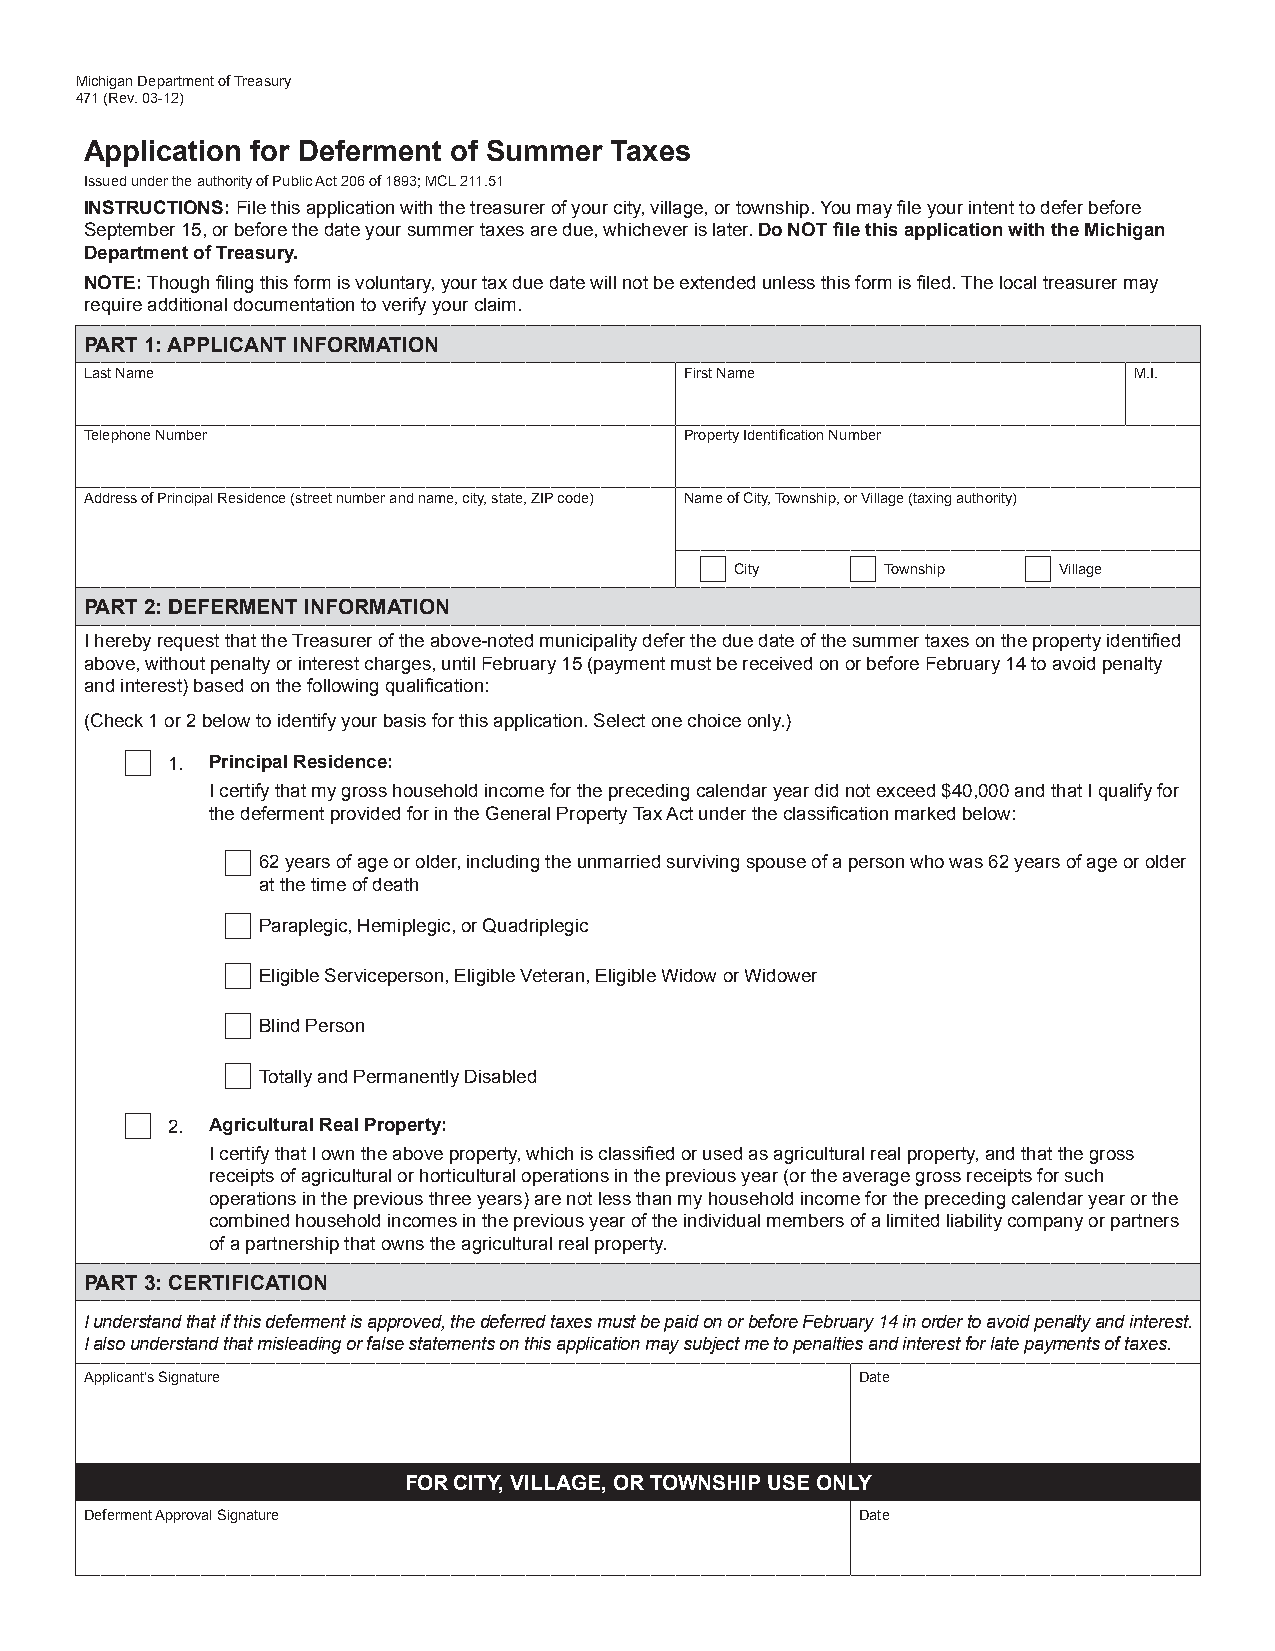
Michigan Department of Treasury
 471 (Rev. 03-12)
 Application for Deferment of Summer Taxes
 Issued under the authority of Public Act 206 of 1893; MCL 211.51
 INSTRUCTIONS: File this application with the treasurer of your city, village, or township. You may file your intent to defer before
 September 15, or before the date your summer taxes are due, whichever is later. Do NOT file this application with the Michigan
 Department of Treasury.
 NOTE: Though filing this form is voluntary, your tax due date will not be extended unless this form is filed. The local treasurer may
 require additional documentation to verify your claim.
 PART 1: APPLICANT INFORMATION
 Last Name                              First Name                    M.I.
 Telephone Number                       Property Identification Number
 Address of Principal Residence (street number and name, city, state, ZIP code) Name of City, Township, or Village (taxing authority)
 City      Township   Village
 PART 2: DEFERMENT INFORMATION
 I hereby request that the Treasurer of the above-noted municipality defer the due date of the summer taxes on the property identified
 above, without penalty or interest charges, until February 15 (payment must be received on or before February 14 to avoid penalty
 and interest) based on the following qualification:
 (Check 1 or 2 below to identify your basis for this application. Select one choice only.)
 1. Principal Residence:
 I certify that my gross household income for the preceding calendar year did not exceed $40,000 and that I qualify for
 the deferment provided for in the General Property Tax Act under the classification marked below:
 62 years of age or older, including the unmarried surviving spouse of a person who was 62 years of age or older
 at the time of death
 Paraplegic, Hemiplegic, or Quadriplegic
 Eligible Serviceperson, Eligible Veteran, Eligible Widow or Widower
 Blind Person
 Totally and Permanently Disabled
 2. Agricultural Real Property:
 I certify that I own the above property, which is classified or used as agricultural real property, and that the gross
 receipts of agricultural or horticultural operations in the previous year (or the average gross receipts for such
 operations in the previous three years) are not less than my household income for the preceding calendar year or the
 combined household incomes in the previous year of the individual members of a limited liability company or partners
 of a partnership that owns the agricultural real property.
 PART 3: CERTIFICATION
 I understand that if this deferment is approved, the deferred taxes must be paid on or before February 14 in order to avoid penalty and interest.
 I also understand that misleading or false statements on this application may subject me to penalties and interest for late payments of taxes.
 Applicant’s Signature                              Date
 FOR CITY, VILLAGE, OR TOWNSHIP USE ONLY
 Deferment Approval Signature                       Date